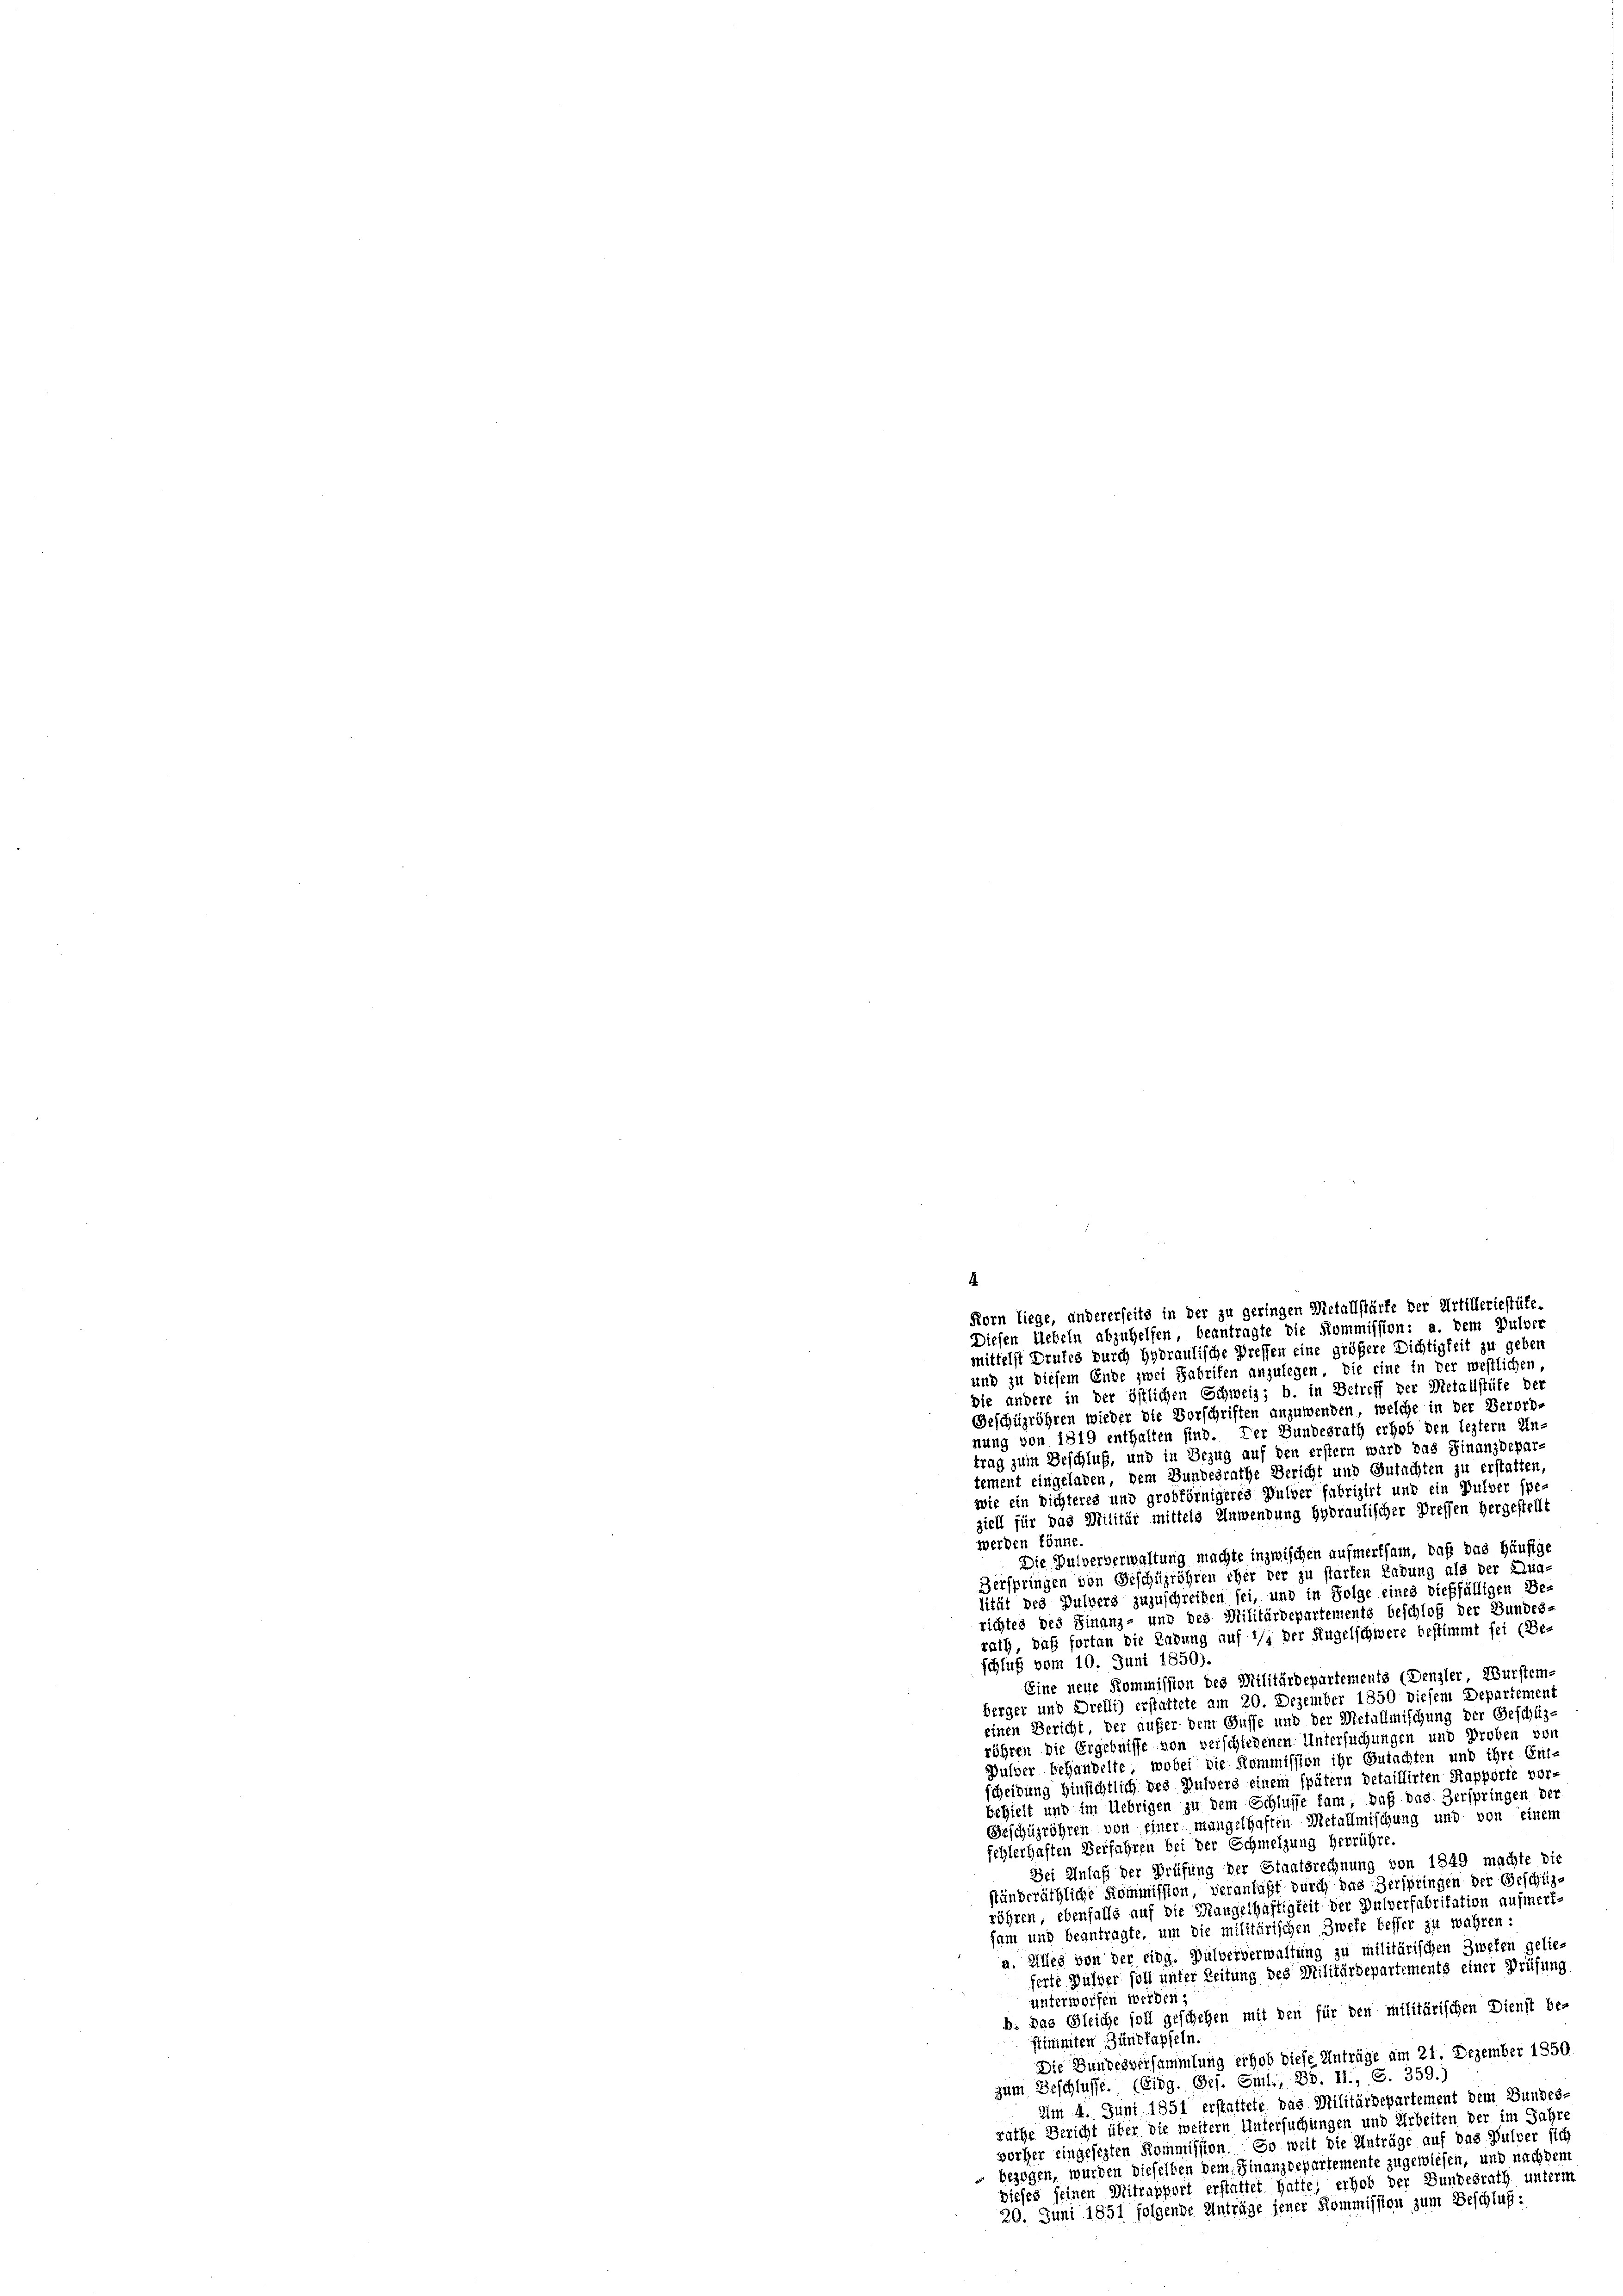
die andere in der östlichen Schweiz; b. in Betreff der Metallstäte de
Geschügröhren wieder - die Vorschriften anzuwenden, welche in der Verord-
nung von 1819 enthalten sind. Der Bundesrath erhob den leztem Un-
trag zum Beschluß, und in Bezug auf den erster ward das Finanzdepar-
tement eingeladen, dem Bundesrathe Bericht und Gutachten zu erstatten,
wie ein nichteres und grobförnigeres Wulder fabrizirt und ein Pulver spe-
ziell für das Militär mittels Anwendung Hydraulischer Pressen hergestellt
werden könne.
Die Pulververwaltung machte inzwischen aufmerksam, daß das Häufige
Zerspringen von Geschügröhren eher der zu starten Ladung als der Qua-
sität des Pulvers zuzuschreiben sei, und in Folge eines dießfälligen Be-
richtes des Finanz- und des Militärdepartements beschloß der Bundes
rath, daß fortan die Ladung auf 2/s der Kugelschwerz bestimmt fei (Be-
schluß vom 10. Juni 1850).
Eine neue Kommission des Militärdepartements (Denzler, Wurstem.
berger und Drelli) erstattete am 20. Dezember 1850 diesem Departement
einen Bericht, der aufer dem Gusse und der Metallmischung der Geschüzröhren die Ergebnisse von verschiedenen Untersuchungen und Proben von
Pulver behandelte, wobei die Kommission ihr Gutachten und ihre Ent-
scheidung hinsichtlich des Pulvers einem spätern detaillirten Rapporte vor-
behielt und im Uebrigen zu dem Schlusse kam, daß das Zerspringen der
Geschüzröhren von einer mangelhaften Metallmischung und von einem
fehlerhaften Verfahren bei der Schmelzung herrühre.
Wei Anlaß der Prüfung der Staatsrechnung von 1849 machte die
ständeräthliche Kommission, veranlaßt durch das Verspringen der Geschäze
röhren, ebenfalls auf die Mangelhaftigkeit der Pulverfabritation aufmerk-
sam und beantragte, um die militärischen Zweke besser zu wahren:
a. Alles von der eidg. Pulververwaltung zu militärischen Zweken gelie-
ferte Gulder soll unter Zeitung des Militärdepartements einer Prüfung
unterworfen werden;
b. Das Gleiche soll geschehen mit den für den militärischen Dienst be-
stimmten Zünftapfeln.
Die Bundesversammlung erhob diese Anträge am 21. Dezember 1850
zum Beschlüsse. (Eidg. Ges. Sml., Bd. II., S. 359.)
Um 4. Juni 1851 erstattete das Militärdepartement dem Bundes-
rathe Bericht über die weitern Untersuchungen und Arbeiten der im Jahre
vorher eingesezten Kommission. So weit die Anträge auf das Wulzer sich
» bezogen, wurden dieselben dem Finanzdepartemente zugewiesen, und nach dem
dieses seinen Mitrapport erstattet hatte, erhob der Bundesrath unterm
20. Juni 1851 folgende Anträge jener Kommission zum Beschluß:

4.
Korn liege, andererseits in der zu geringen Metallstärke der Artilleriestüte.
Diesen Uebeln abzuhelfen, beantragte die Kommission: a. dem Pulver
mittelst Drufes durch Hyoraulische Preffen eine größere Dichtigkeit zu geben
und zu diesem Ende zwei Fabrifen anzulegen, die eine in der westlichen,